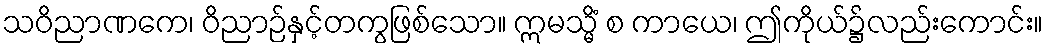
သဝိညာဏကေ၊ ဝိညာဉ်နှင့်တကွဖြစ်သော။ ဣမသ္မိံ စ ကာယေ၊ ဤကိုယ်၌လည်းကောင်း။